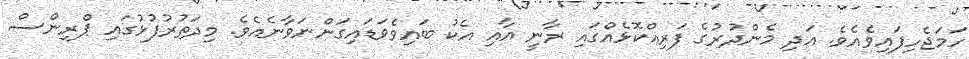
ހަމަޖެހިފައިވެއެވެ. އަދި މެންދުރުގެ ފަރިއްކޮޅެއްގައި ރާނީ އާއި އެކު ބައިވެވަޑައިގަންނަވާނެއެވެ. މިދަތުރުފުޅުގައި ޕްރިންސް